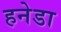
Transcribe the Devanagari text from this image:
हनेडा